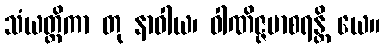
သံယတ္တိကာ တု နာဝါယ၊ ဝါဏိဇ္ဇမာစရန္တိ ယေ။